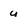
Character: u